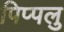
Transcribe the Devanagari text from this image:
पिप्पलु